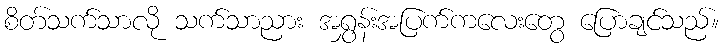
စိတ်သက်သာလို သက်သာညား အရွှန်းအပြက်ကလေးတွေ ပြောချင်သည်။